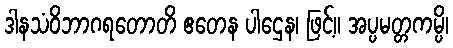
ဒါနသံဝိဘာဂရတောတိ ဧတေန ပါဌေန၊ ဖြင့်။ အပ္ပမတ္တကမ္ပိ၊